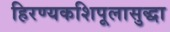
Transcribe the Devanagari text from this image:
हिरण्यकशिपूलासुद्धा